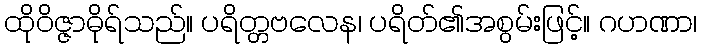
ထိုဝိဇ္ဇာဓိုရ်သည်။ ပရိတ္တဗလေန၊ ပရိတ်၏အစွမ်းဖြင့်။ ဂဟဏာ၊